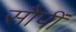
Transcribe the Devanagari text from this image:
सौपीं